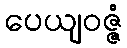
ပေယျဝဇ္ဇံ